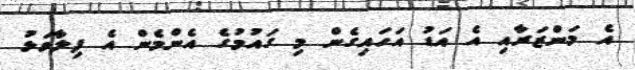
އެ މަންޒަރާއި އެ އަޑު އަހައިގެން މި ގައުމުގެ އެންމެން އެ ފިލާވަޅު